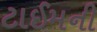
ટાઈમની